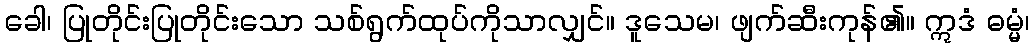
ခေါ၊ ပြုတိုင်းပြုတိုင်းသော သစ်ရွက်ထုပ်ကိုသာလျှင်။ ဒူသေမ၊ ဖျက်ဆီးကုန်၏။ ဣဒံ ဓမ္မံ၊